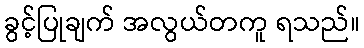
ခွင့်ပြုချက် အလွယ်တကူ ရသည်။